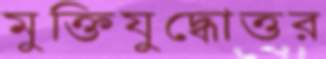
মুক্তিযুদ্ধোত্তর